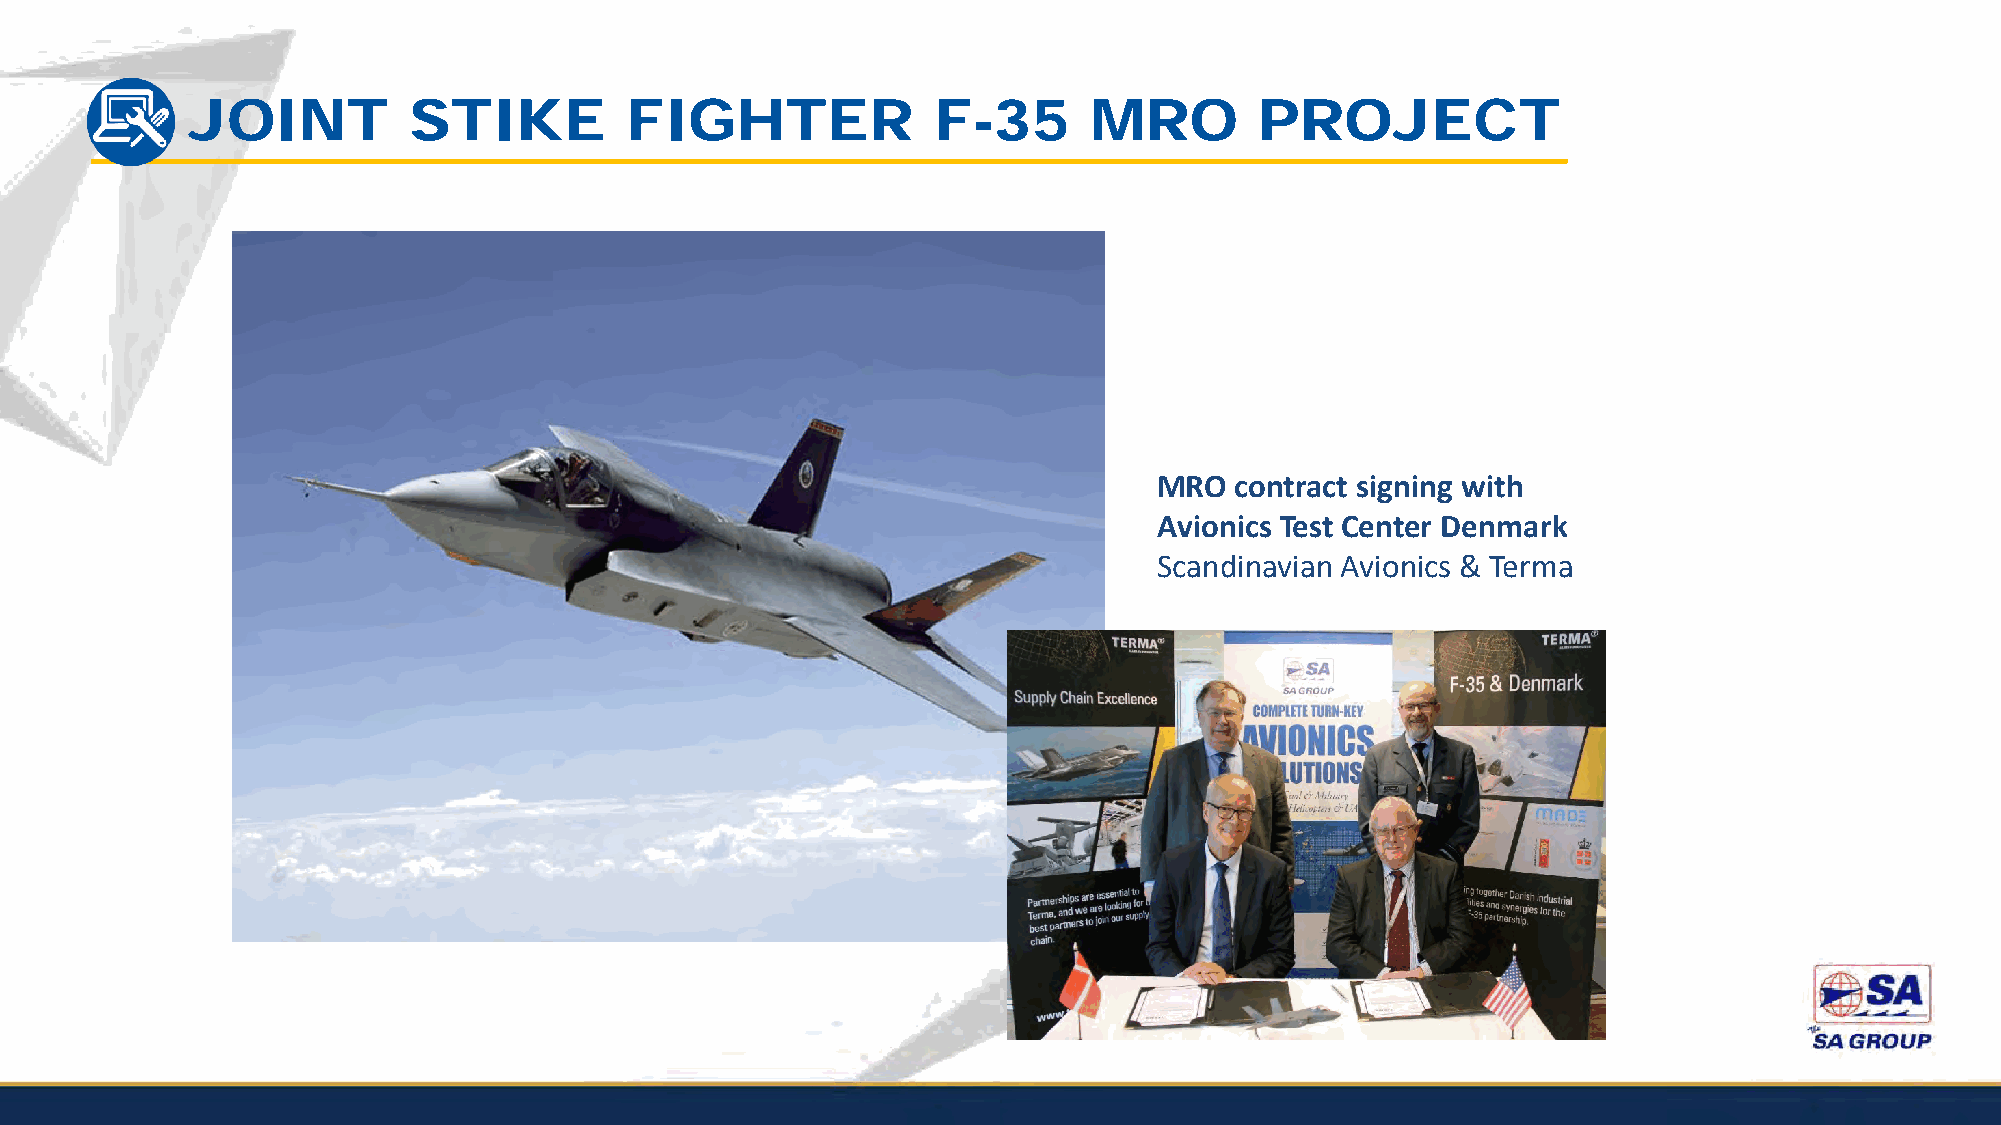
JOINT          STIKE         FIGHTER              F-35      MRO        PROJECT
 MRO  contract signing with
 Avionics Test Center Denmark
 Scandinavian Avionics & Terma